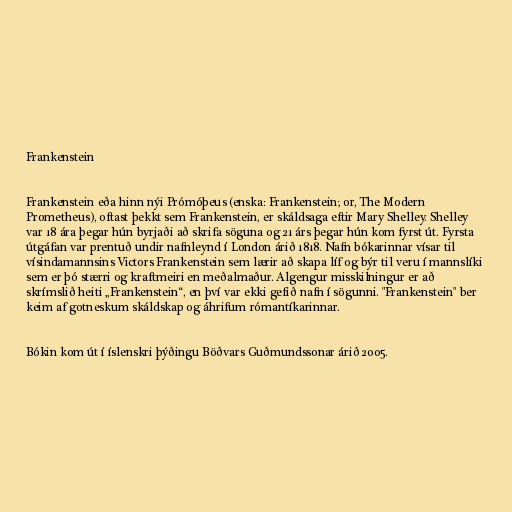
Frankenstein

Frankenstein eða hinn nýi Prómóþeus (enska: Frankenstein; or, The Modern
Prometheus), oftast þekkt sem Frankenstein, er skáldsaga eftir Mary Shelley. Shelley
var 18 ára þegar hún byrjaði að skrifa söguna og 21 árs þegar hún kom fyrst út. Fyrsta
útgáfan var prentuð undir nafnleynd í London árið 1818. Nafn bókarinnar vísar til
vísindamannsins Victors Frankenstein sem lærir að skapa líf og býr til veru í mannslíki
sem er þó stærri og kraftmeiri en meðalmaður. Algengur misskilningur er að
skrímslið heiti „Frankenstein“, en því var ekki gefið nafn í sögunni. "Frankenstein" ber
keim af gotneskum skáldskap og áhrifum rómantíkarinnar.

Bókin kom út í íslenskri þýðingu Böðvars Guðmundssonar árið 2005.